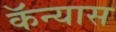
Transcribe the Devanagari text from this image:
कॅन्यास